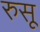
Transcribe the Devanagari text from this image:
रुसू